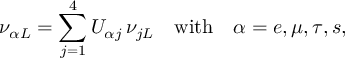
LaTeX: \nu _ { \alpha L } = \sum _ { j = 1 } ^ { 4 } U _ { \alpha j } \, \nu _ { j L } \quad \mathrm { w i t h } \quad \alpha = e , \mu , \tau , s ,